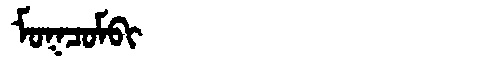
Manchu: ᠮᠣᡴᠴᠣᠮᠪᡳ
Romanization: MOKCOMBI